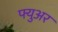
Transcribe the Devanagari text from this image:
फ्युअर